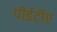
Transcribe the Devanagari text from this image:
पीईटीए